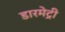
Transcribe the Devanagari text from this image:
डारमेट्री